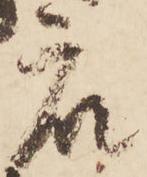
衆